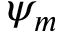
\psi _ { m }